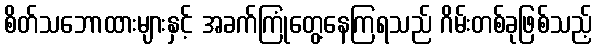
စိတ်သဘောထားများနှင့် အခက်ကြုံတွေ့နေကြရသည် ဂိမ်းတစ်ခုဖြစ်သည့်